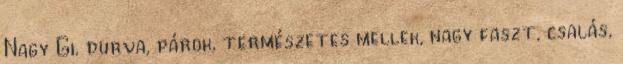
Nagy Gi. durva, párok, természetes mellek, nagy faszt, csalás,